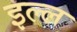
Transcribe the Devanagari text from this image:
इल्ल